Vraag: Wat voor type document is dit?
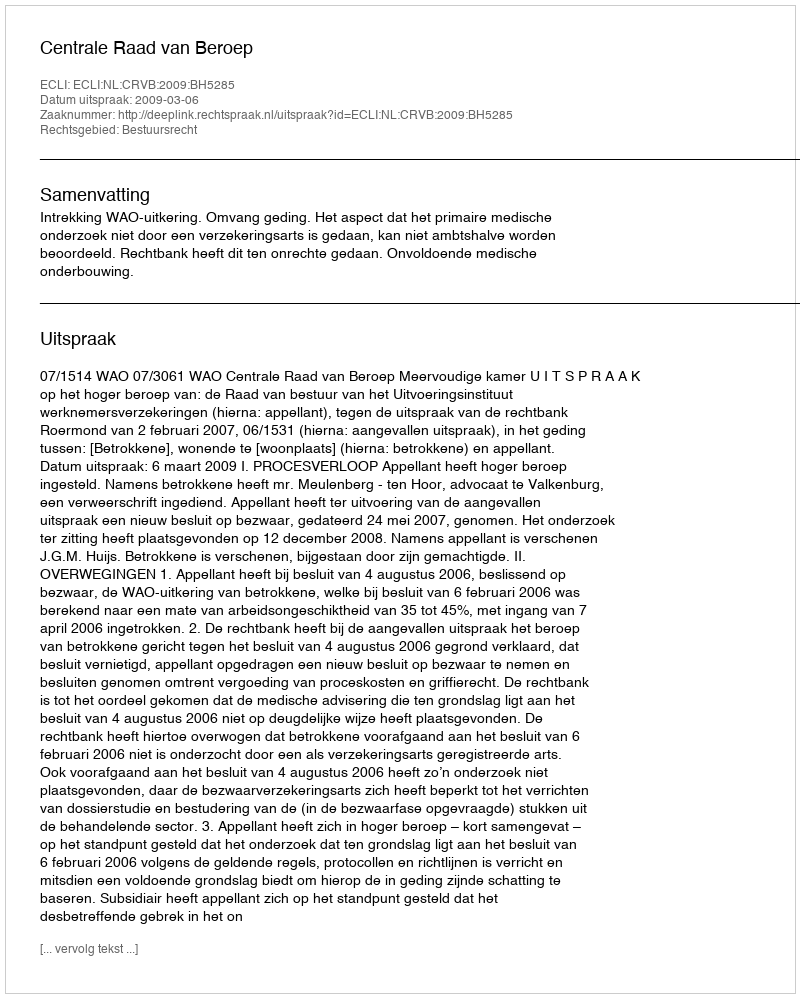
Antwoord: Uitspraak